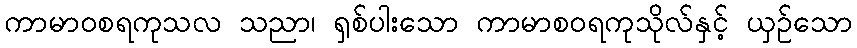
ကာမာဝစရကုသလ သညာ၊ ရှစ်ပါးသော ကာမာစဝရကုသိုလ်နှင့် ယှဉ်သော